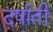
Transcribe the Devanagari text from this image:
दर्षाती